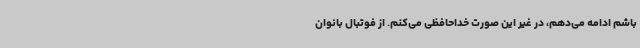
باشم ادامه می‌دهم، در غیر این صورت خداحافظی می‌کنم. از فوتبال بانوان